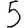
Digit: 5